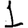
Digit: 1